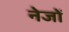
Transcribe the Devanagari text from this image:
नेजों